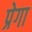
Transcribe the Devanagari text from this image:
प्रेगा